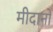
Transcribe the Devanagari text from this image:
मीदानों